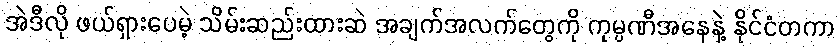
အဲဒီလို ဖယ်ရှားပေမဲ့ သိမ်းဆည်းထားဆဲ အချက်အလက်တွေကို ကုမ္ပဏီအနေနဲ့ နိုင်ငံတကာ